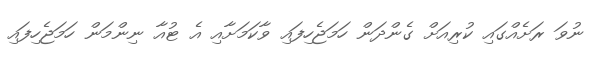
ނުވަ ރަށެއްގައި ކުރިއަށް ގެންދަން ހަމަޖެހިފައި ވާކަމަށާއި އެ ޓުއާ ނިންމަން ހަމަޖެހިފައި